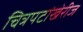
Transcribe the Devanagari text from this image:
चित्रपटांखेरीज